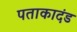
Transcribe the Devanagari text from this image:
पताकादंड